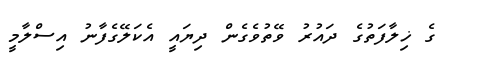
ގެ ޚިލާފަތުގެ ދައުރު ވޭތުވެގެން ދިޔައީ އެކަލޭގެފާނު އިސްލާމީ